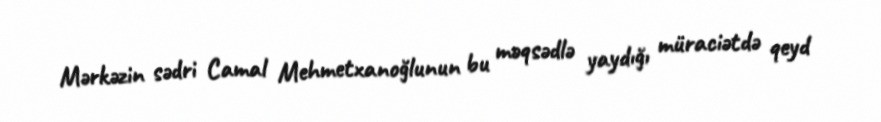
Mərkəzin sədri Camal Mehmetxanoğlunun bu məqsədlə yaydığı müraciətdə qeyd